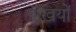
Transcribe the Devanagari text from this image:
पंखियों